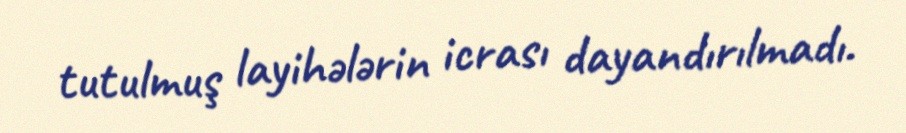
tutulmuş layihələrin icrası dayandırılmadı.